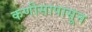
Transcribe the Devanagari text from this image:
कणीसापासून